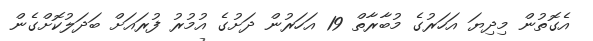
އެގޮތުން މިދިޔަ އަހަރުގެ މުބާރާތް 19 އަހަރުން ދަށުގެ އުމުރު ފުރައަށް ބަދަލުކޮށްގެން